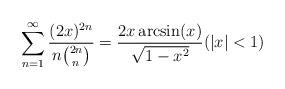
LaTeX: \begin{align*}\sum_{n=1}^{\infty}\frac{(2x)^{2n}}{n\binom{2n}{n}} = \frac{2x\arcsin (x)}{\sqrt{1-x^2}} (|x|<1)\end{align*}